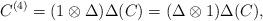
LaTeX: \begin{gather*}C^{(4)}=(1\otimes \Delta)\Delta(C)=(\Delta\otimes 1)\Delta(C),\end{gather*}